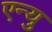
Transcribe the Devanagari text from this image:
एन्यु